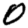
Digit: 0